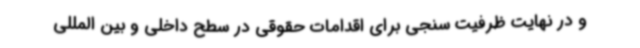
و در نهایت ظرفیت سنجی برای اقدامات حقوقی در سطح داخلی و بین المللی